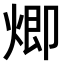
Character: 𤊵